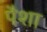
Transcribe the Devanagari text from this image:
पैशा